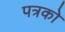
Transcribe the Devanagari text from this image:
पत्रको